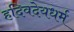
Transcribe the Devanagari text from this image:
हदिवदेयधर्म